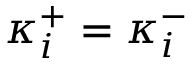
\kappa _ { i } ^ { + } = \kappa _ { i } ^ { - }